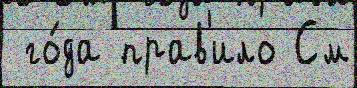
 го́да прав'ило См